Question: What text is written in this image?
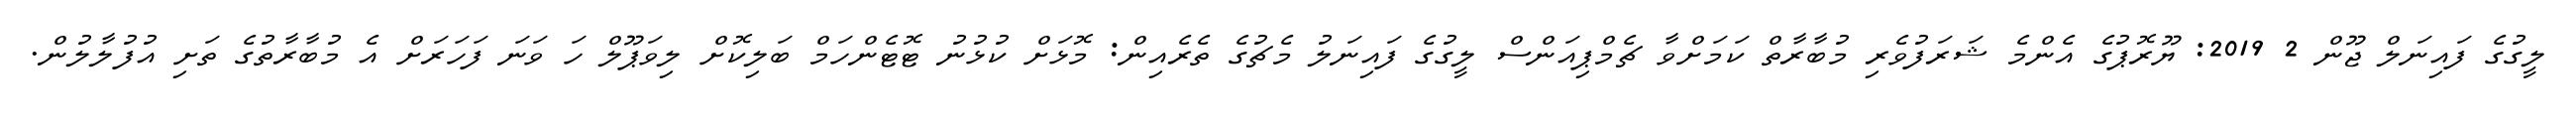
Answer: ލީގުގެ ފައިނަލް ޖޫން 2 2019: ޔޫރޮޕުގެ އެންމެ ޝަރަފުވެރި މުބާރާތް ކަމަށްވާ ޗެމްޕިއަންސް ލީގުގެ ފައިނަލު މެޗުގެ ތެރެއިން: މޮޅަށް ކުޅުނު ޓޮޓެންހަމް ބަލިކޮށް ލިވަޕޫލް ހަ ވަނަ ފަހަރަށް އެ މުބާރާތުގެ ތަށި އުފުލާލުން.